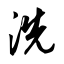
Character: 洗